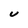
Character: U